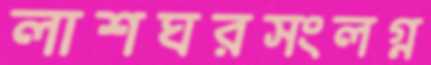
লাশঘরসংলগ্ন